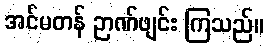
အင်မတန် ဉာဏ်ဖျင်း ကြသည်။